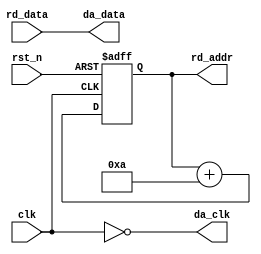
module da_wave_send(
    input               clk,
    input               rst_n,
    input       [9:0]   rd_data,
    output  reg [9:0]   rd_addr,
    output              da_clk,
    output      [9:0]   da_data
);

assign da_clk = ~clk;
assign da_data = rd_data;

always @(posedge clk or negedge rst_n) begin
    if(rst_n==1'b0)
        rd_addr <= 10'd0;
    else
        rd_addr <= rd_addr + 10'd10;
end

endmodule